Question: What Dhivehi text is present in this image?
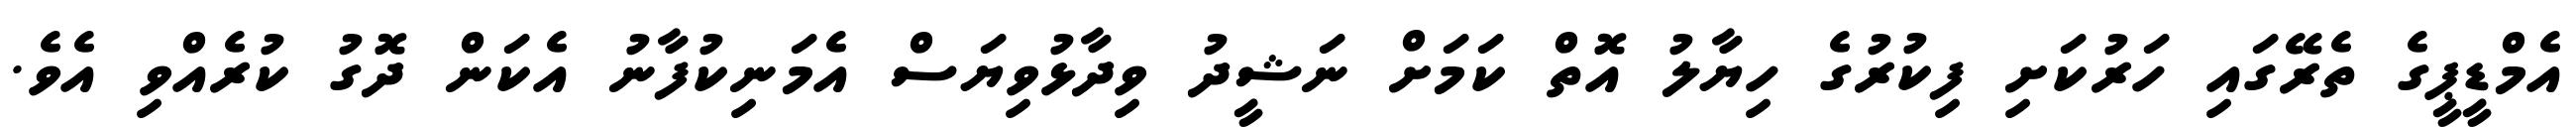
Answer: އެމްޑީޕީގެ ތެރޭގައި ހަރުކަށި ފިކުރުގެ ހިޔާލު އޮތް ކަމަށް ނަޝީދު ވިދާޅުވިޔަސް އެމަނިކުފާނު އެކަން ދޮގު ކުރެއްވި އެވެ.